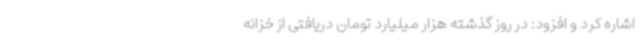
اشاره کرد و افزود: در روز گذشته هزار میلیارد تومان دریافتی از خزانه